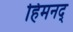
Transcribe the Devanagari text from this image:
हिमनद्